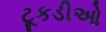
ટૂકડીઓ